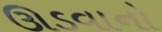
ઊડવાનો